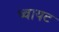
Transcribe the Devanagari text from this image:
थ्वायट